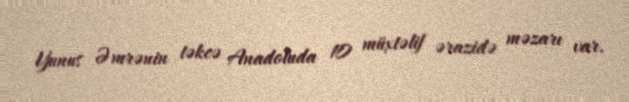
Yunus Əmrənin təkcə Anadoluda 10 müxtəlif ərazidə məzarı var.